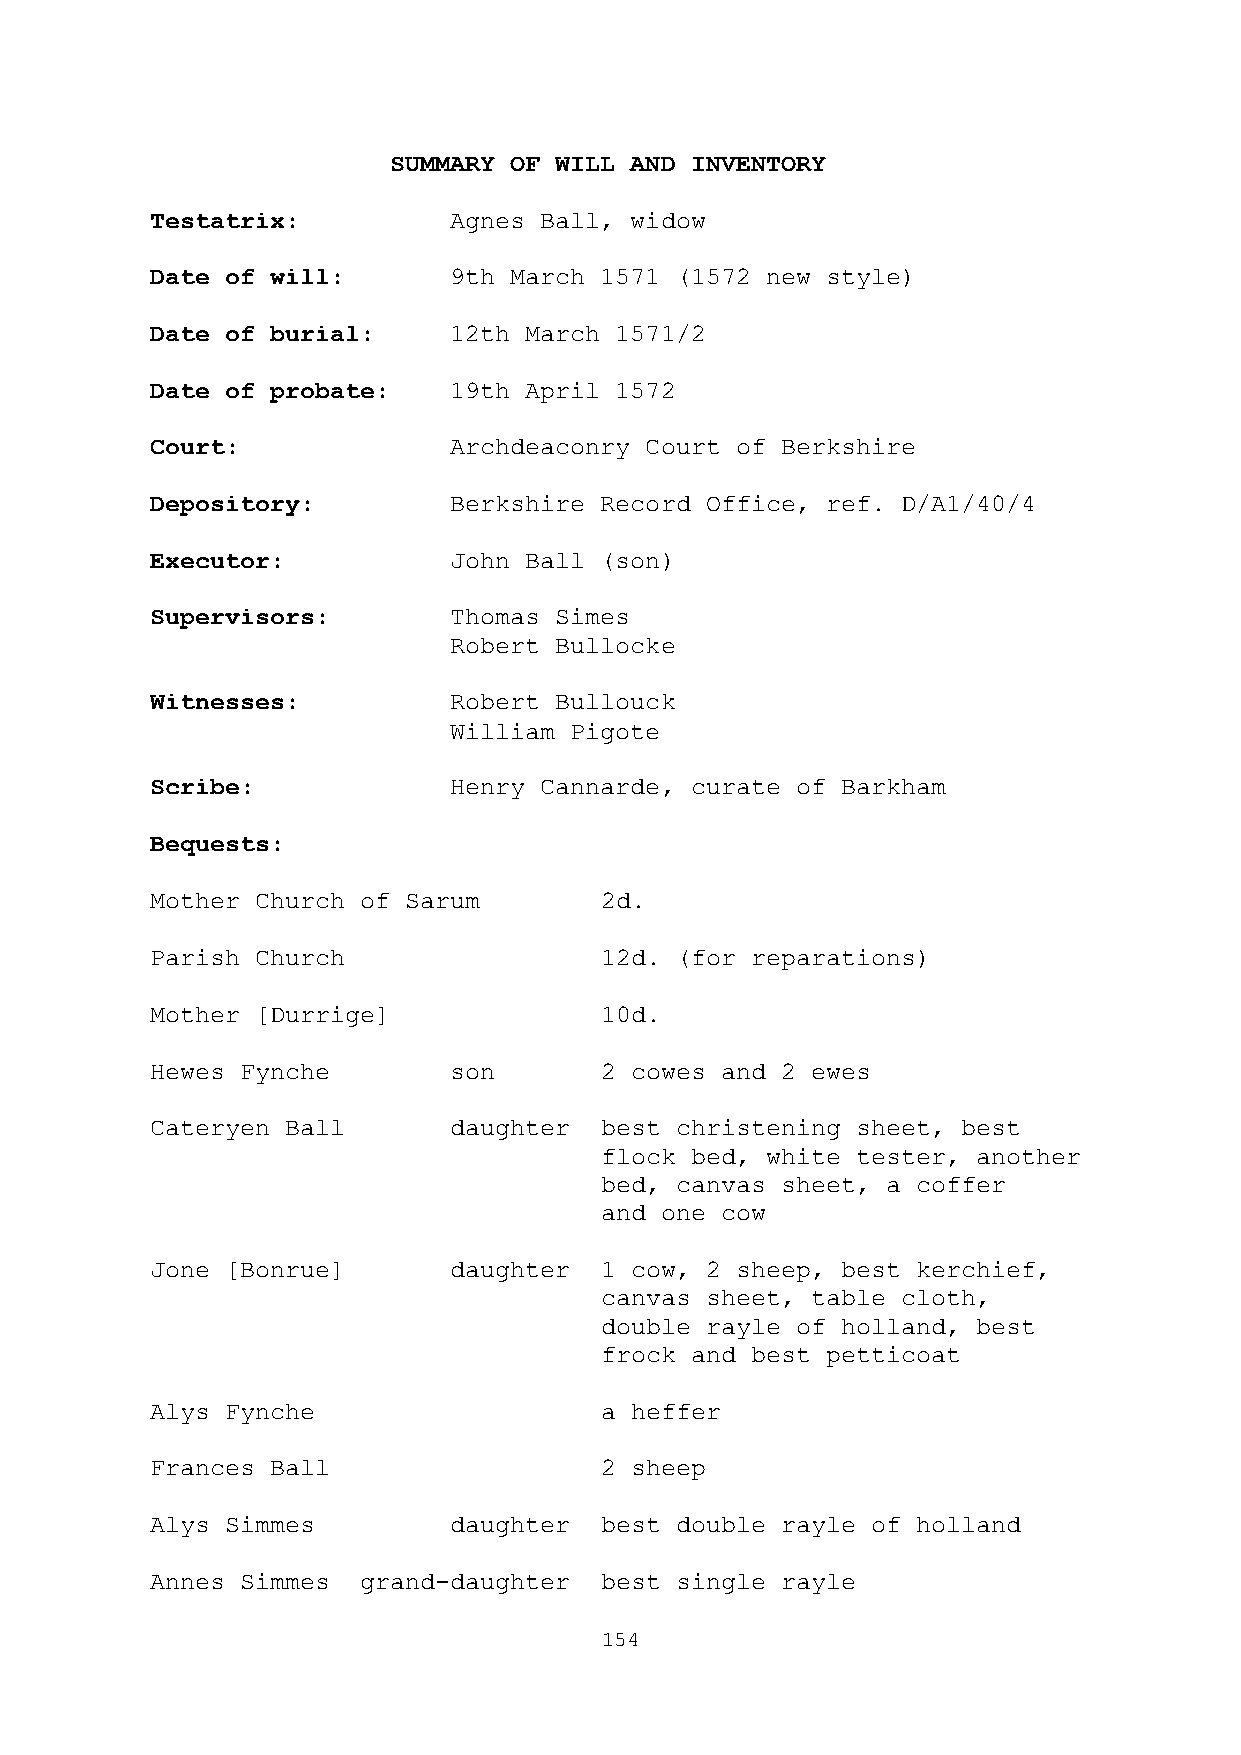
SUMMARY OF WILL AND INVENTORY
 Testatrix:          Agnes Ball, widow
 Date of will:       9th March 1571 (1572 new style)
 Date of burial:     12th March 1571/2
 Date of probate:    19th April 1572
 Court:              Archdeaconry Court of Berkshire
 Depository:         Berkshire Record Office, ref. D/A1/40/4
 Executor:           John Ball (son)
 Supervisors:        Thomas Simes
 Robert Bullocke
 Witnesses:          Robert Bullouck
 William Pigote
 Scribe:             Henry Cannarde, curate of Barkham
 Bequests:
 Mother Church of Sarum        2d.
 Parish Church                 12d. (for reparations)
 Mother [Durrige]              10d.
 Hewes Fynche        son       2 cowes and 2 ewes
 Cateryen Ball       daughter  best christening sheet, best
 flock bed, white tester, another
 bed, canvas sheet, a coffer
 and one cow
 Jone [Bonrue]       daughter  1 cow, 2 sheep, best kerchief,
 canvas sheet, table cloth,
 double rayle of holland, best
 frock and best petticoat
 Alys Fynche                   a heffer
 Frances Ball                  2 sheep
 Alys Simmes         daughter  best double rayle of holland
 Annes Simmes  grand-daughter  best single rayle
 154